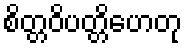
စိတ္တဝိပတ္တိဟေတု